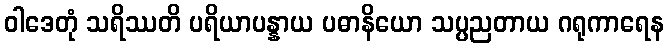
ဝါဒေတုံ သရိဿတိ ပရိယာပန္နာယ ပဓာနိယော သပ္ပညတာယ ဂရုကာရေန